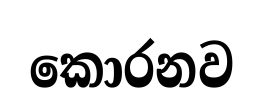
කොරනව